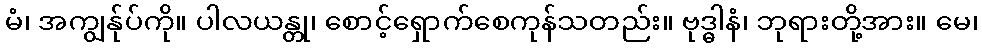
မံ၊ အကျွန်ုပ်ကို။ ပါလယန္တု၊ စောင့်ရှောက်စေကုန်သတည်း။ ဗုဒ္ဓါနံ၊ ဘုရားတို့အား။ မေ၊